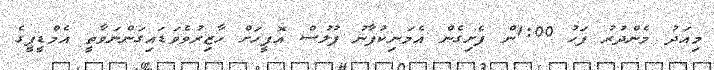
މިއަދު މެންދުރު ފަހު 1:00ން ފެށިގެން އެމަނިކުފާނު ފުލުސް އޮފީހަށް ހާޒިރުވެވަޑައިގަންނަވާތީ އެމްޑީޕީގެ